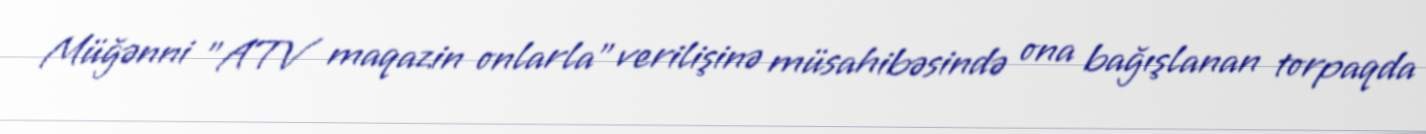
Müğənni "ATV maqazin onlarla" verilişinə müsahibəsində ona bağışlanan torpaqda